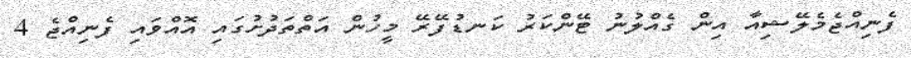
ފެނިއްޖެމެލޭޝިއާ އިން ގެއްލުނު ޓޭންކަރު ކަނޑުފޭރޭ މީހުން އަތްތަދުށުގައި އޮއްވައި ފެނިއްޖެ 4